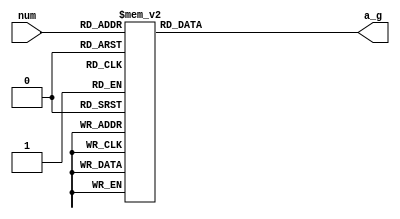
module ts_7dm(num,a_g);
input[3:0]	num;
output[6:0]	a_g;
reg[6:0]	a_g;//a_g[6:0]-->{a,b,c,d,e,f,g}
always@(num) begin
	case(num)
	//4'd0:begin a_g<=7'b111_1110;end //begin end
	4'd0:a_g<=7'b111_1110;
	4'd1:a_g<=7'b011_0000;
	4'd2:a_g<=7'b110_1101;
	4'd3:a_g<=7'b111_1100;
	4'd4:a_g<=7'b011_0011;
	4'd5:a_g<=7'b101_1011;
	4'd6:a_g<=7'b101_1111;
	4'd7:a_g<=7'b111_0000;
	4'd8:a_g<=7'b111_1111;
	4'd9:a_g<=7'b111_1011;
	default:a_g<=7'b000_0001;//
	endcase
end

endmodule